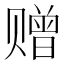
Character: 赠